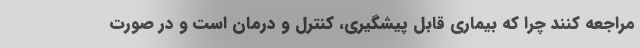
مراجعه کنند چرا که بیماری قابل پیشگیری، کنترل و درمان است و در صورت